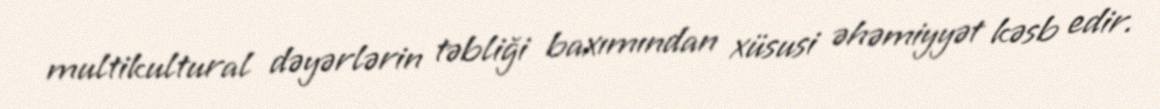
multikultural dəyərlərin təbliği baxımından xüsusi əhəmiyyət kəsb edir.